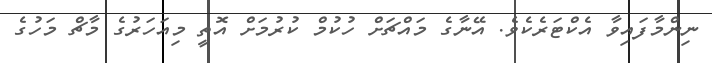
ނިންމާފައިވާ އެކްޓަރެކެވެ. އޭނާގެ މައްޗަށް ހުކުމް ކުރުމަށް އޮތީ މިއަހަރުގެ މާޗް މަހުގެ